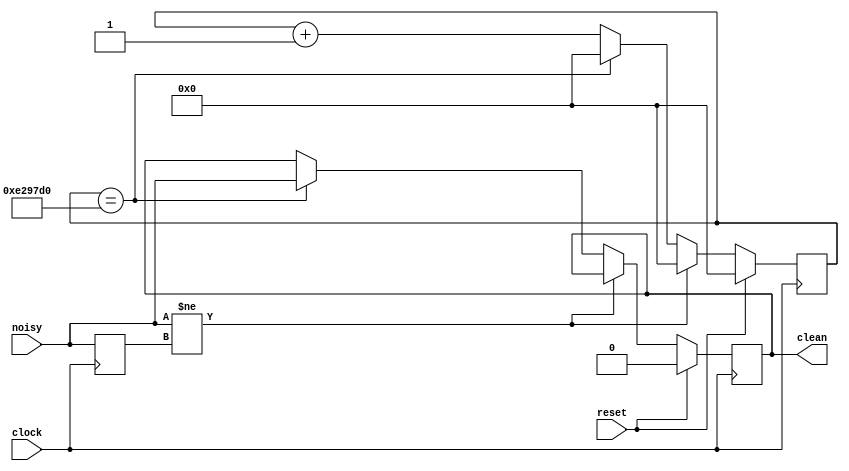
module debounce(
	clock,
	reset,
	noisy,
	clean
);

input wire clock;
input wire reset;
input wire noisy;

parameter DEFAULT = 1'b0;
output reg clean = DEFAULT;
reg past_value = DEFAULT;

parameter COUNT_LIMIT = 28'd14850000; // 1/10 of a second
reg [27:0] count = 28'd0;

always @(posedge clock) begin
	if(reset) begin
		count <= 28'd0;
		clean <= DEFAULT;
	end
	else if(noisy != past_value) begin
		count <= 28'd0;
		clean <= clean;
	end
	else if(count == COUNT_LIMIT) begin
		count <= 28'd0;
		clean <= noisy;
	end
	else begin
		count <= count + 28'd1;
		clean <= clean;
	end

	past_value <= noisy;
end

endmodule